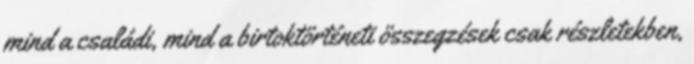
mind a családi, mind a birtoktörténeti összegzések csak részletekben,